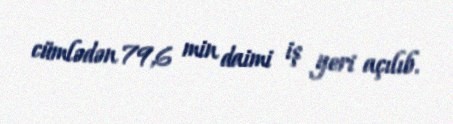
cümlədən 79,6 min daimi iş yeri açılıb.